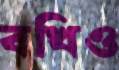
বখিও